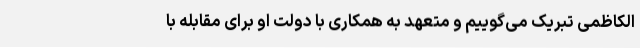
الکاظمی تبریک می‌گوییم و متعهد به همکاری با دولت او برای مقابله با